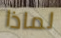
لماذا